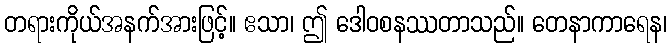
တရားကိုယ်အနက်အားဖြင့်။ ဧသာ၊ ဤ ဒေါဝစနဿတာသည်။ တေနာကာရေန၊